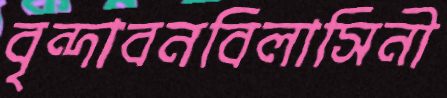
বৃন্দাবনবিলাসিনী